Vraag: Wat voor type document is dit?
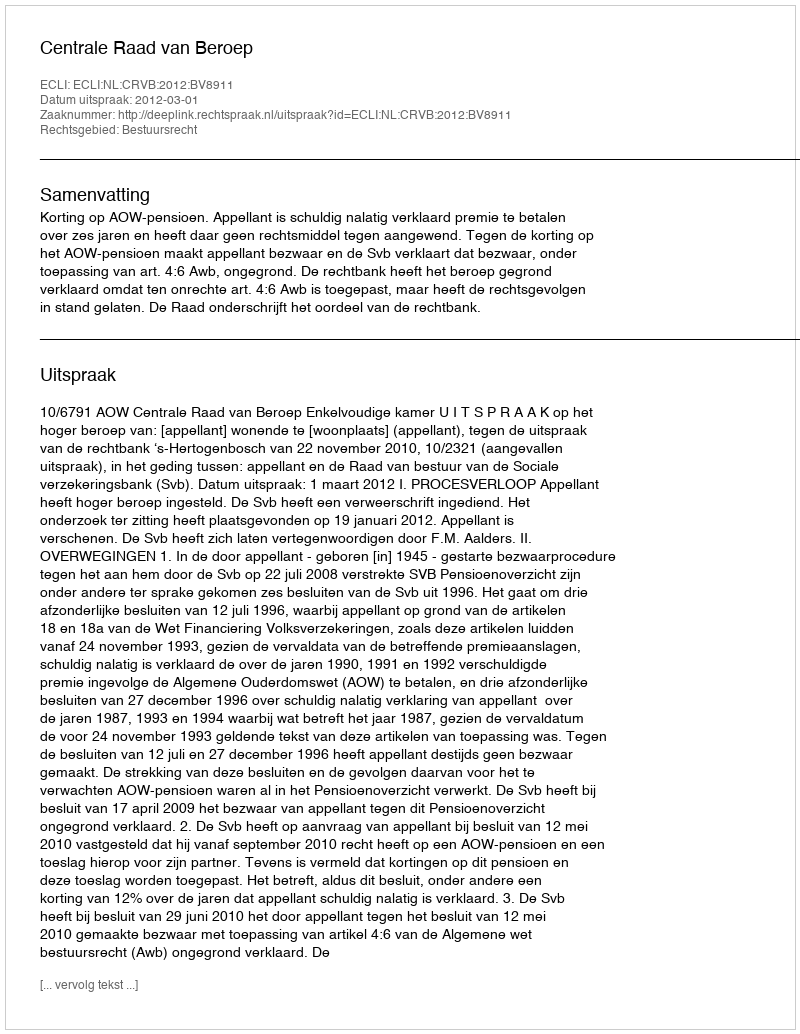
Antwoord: Uitspraak